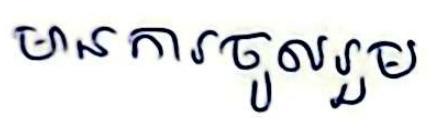
មានការចូលរួម